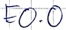
Text: E0.0